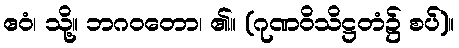
ဧဝံ၊ သို့။ ဘဂဝတော၊ ၏။ (ဂုဏဝိသိဋ္ဌတံ၌ စပ်)။